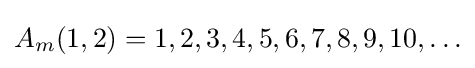
A_{m}(1,2)=1,2,3,4,5,6,7,8,9,10,\ldots